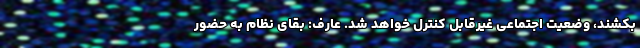
بکشند، وضعیت اجتماعی غیرقابل کنترل خواهد شد. عارف: بقای نظام به حضور